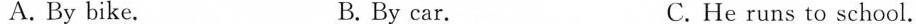
A.By bike. B. By car. C. He runs to school.